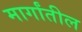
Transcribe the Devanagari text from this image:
मार्गांतील